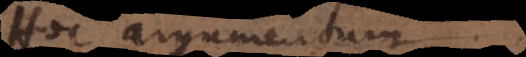
Hoc argumentum